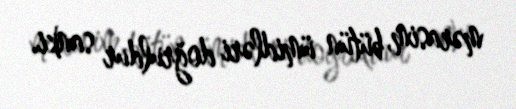
mərasim, bütün ümidləri doğruldur sanki.